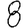
Digit: 8